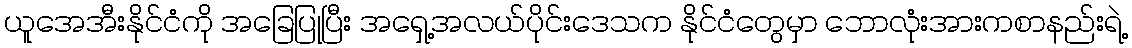
ယူအေအီးနိုင်ငံကို အခြေပြုပြီး အရှေ့အလယ်ပိုင်းဒေသက နိုင်ငံတွေမှာ ဘောလုံးအားကစာနည်းရဲ့